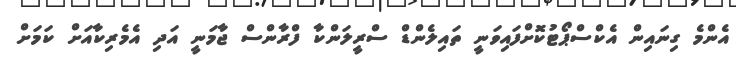
އެންމެ ގިނައިން އެކްސްޕޯޓުކޮށްފައިވަނީ ތައިލެންޑް ސްރީލަންކާ ފްރާންސް ޖާމަނީ އަދި އެމެރިކާއަށް ކަމަށް